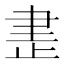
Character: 𰙨